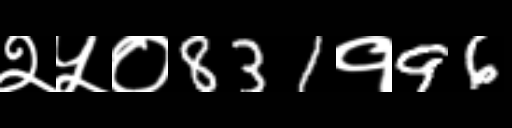
Text: २५०831१96